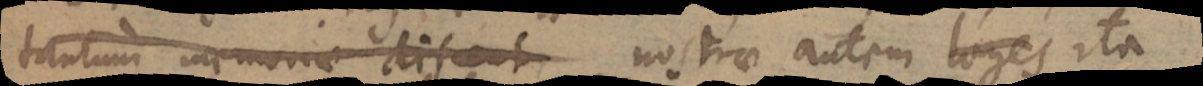
tantum memoriae discunt nostrae autem leges ita